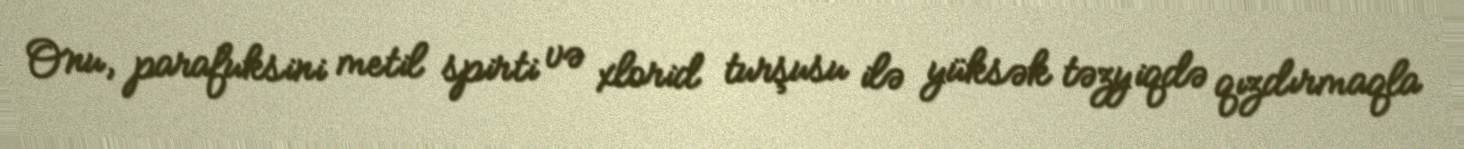
Onu, parafuksini metil spirti və xlorid turşusu ilə yüksək təzyiqdə qızdırmaqla